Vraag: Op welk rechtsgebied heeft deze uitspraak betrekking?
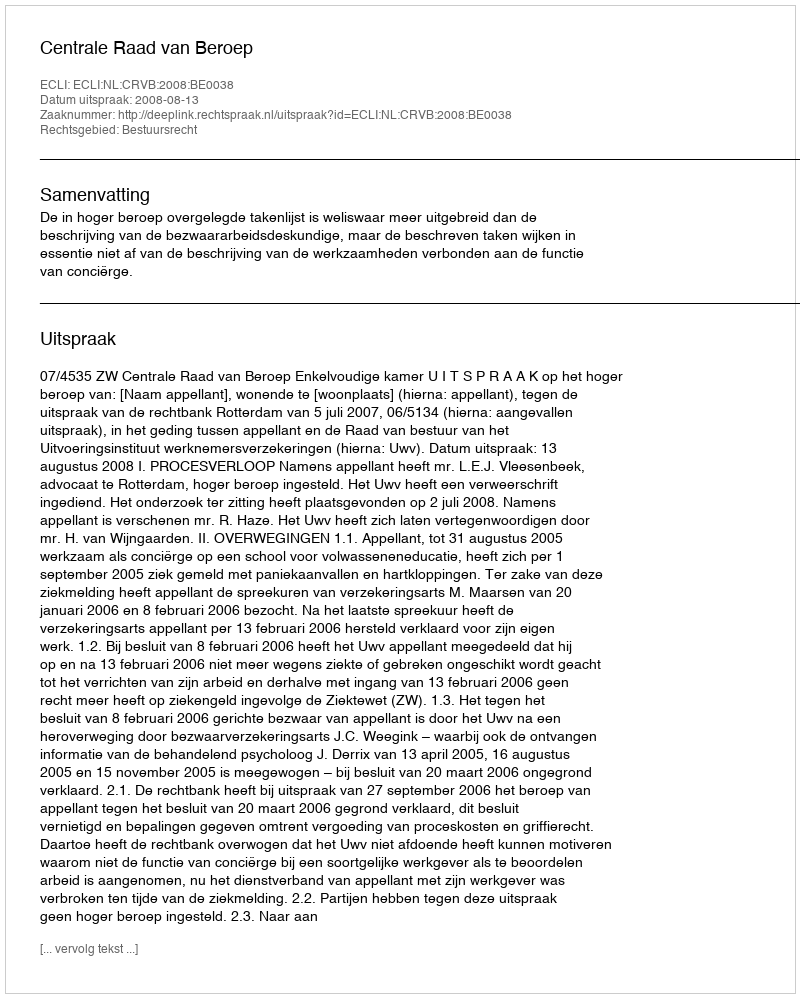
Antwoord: Bestuursrecht